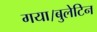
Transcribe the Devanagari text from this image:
गया।बुलेटिन